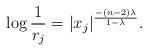
LaTeX: \begin{align*} \log \frac1{r_j} = |x_j|^{\frac{-(n-2)\lambda}{1-\lambda}}.\end{align*}